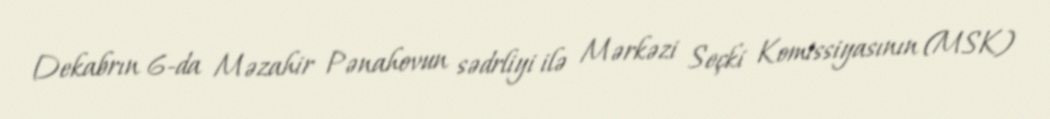
Dekabrın 6-da Məzahir Pənahovun sədrliyi ilə Mərkəzi Seçki Komissiyasının (MSK)